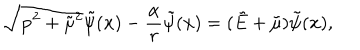
\sqrt { { \bf p } ^ { 2 } + { { \tilde { \mu } } } ^ { 2 } } { \tilde { \psi } ( { \bf x } ) } - { \frac { \alpha } { r } } { \tilde { \psi } } ( { \bf x } ) = ( { \tilde { E } } + { \tilde { \mu } } ) { \tilde { \psi } } ( { \bf x } ) ,